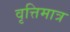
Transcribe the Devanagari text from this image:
वृत्तिमात्र